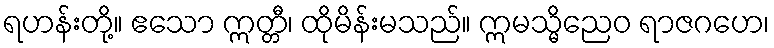
ရဟန်းတို့။ ဧသော ဣတ္တီ၊ ထိုမိန်းမသည်။ ဣမသ္မိညေဝ ရာဇဂဟေ၊